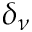
\delta _ { \nu }